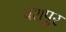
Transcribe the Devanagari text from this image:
वंशपुर